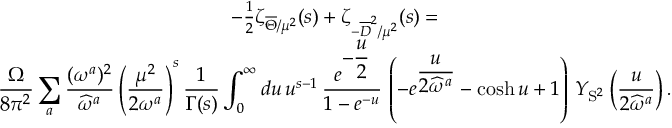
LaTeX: \begin{array} { c } { { - { \frac { 1 } { 2 } } \zeta _ { \overline { { { \Theta } } } / \mu ^ { 2 } } ( s ) + \zeta _ { - \overline { { { D } } } ^ { 2 } / \mu ^ { 2 } } ( s ) = } } \\ { { \displaystyle { \frac { \Omega } { 8 \pi ^ { 2 } } } \sum _ { a } { \frac { ( \omega ^ { a } ) ^ { 2 } } { \widehat { \omega } ^ { a } } } \left( \frac { \mu ^ { 2 } } { 2 \omega ^ { a } } \right) ^ { s } { \frac { 1 } { \Gamma ( s ) } } \int _ { 0 } ^ { \infty } d u \, u ^ { s - 1 } \, { \frac { e ^ { \displaystyle - { \frac { u } { 2 } } } } { 1 - e ^ { - u } } } \, \left( - e ^ { \displaystyle { \frac { u } { 2 \widehat { \omega } ^ { a } } } } - \cosh u + 1 \right) \, Y _ { { \bf \mathrm { S } } ^ { 2 } } \left( { \frac { u } { 2 \widehat { \omega } ^ { a } } } \right) . } } \end{array}